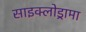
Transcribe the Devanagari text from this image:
साइक्लोड्रामा